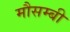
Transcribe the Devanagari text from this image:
मौसम्बी